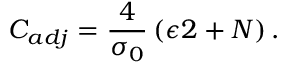
C _ { a d j } = \frac { 4 } { \sigma _ { 0 } } \left( \epsilon 2 + N \right) .